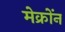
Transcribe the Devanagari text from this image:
मेक्रोंन